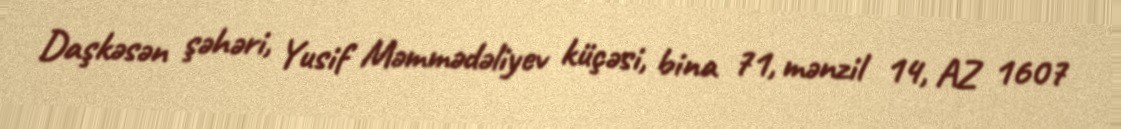
Daşkəsən şəhəri, Yusif Məmmədəliyev küçəsi, bina 71, mənzil 14, AZ 1607